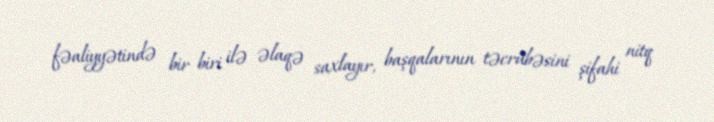
fəaliyyətində bir biri ilə əlaqə saxlayır, başqalarının təcrübəsini şifahi nitq